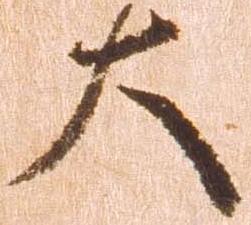
大